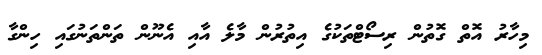
މިހާރު އޮތް ގޮތުން ރިސޯޓްތަކުގެ އިތުރުން މާލެ އާއި އެނޫން ތަންތަނުގައި ހިންގާ